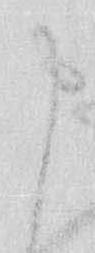
申